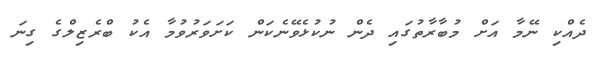
ދެއްކި ނޭމާ އަށް މުބާރާތުގައި ދެން ނުކުޅެވޭނެކަން ކަށަވަރުވުމާ އެކު ބްރެޒިލްގެ ގިނަ